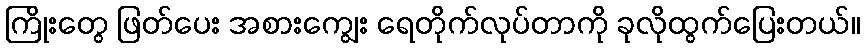
ကြိုးတွေ ဖြတ်ပေး အစားကျွေး ရေတိုက်လုပ်တာကို ခုလိုထွက်ပြေးတယ်။